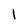
Character: I